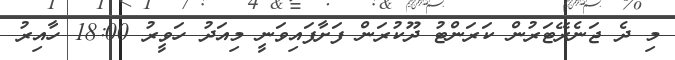
މި ދެ ޖަނެރޭޓަރުން ކަރަންޓު ދޫކުރަން ފަށާފައިވަނީ މިއަދު ހަވީރު 18:00 ހާއިރު